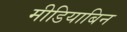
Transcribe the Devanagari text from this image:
मीडियाबिन